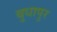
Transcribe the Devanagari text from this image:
बुधापुर